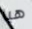
هيا